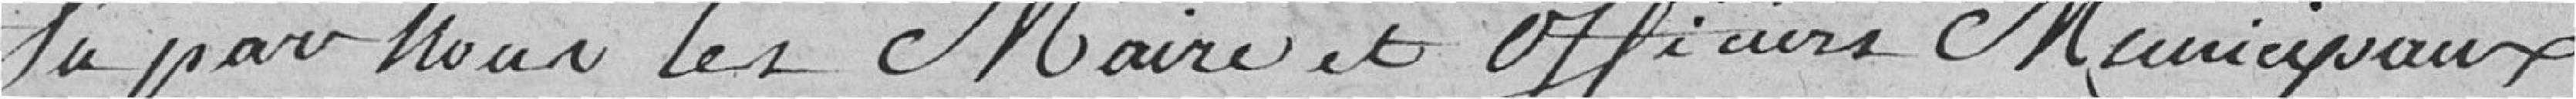
Vu par nous les maires et officiers Municipaux